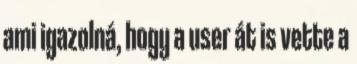
ami igazolná, hogy a user át is vette a